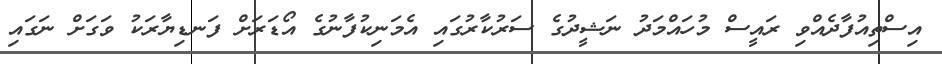
އިސްތިއުފާދެއްވި ރައީސް މުހައްމަދު ނަޝީދުގެ ސަރުކާރުގައި އެމަނިކުފާނުގެ އޯޑަރަށް ފަނޑިޔާރަކު ވަގަށް ނަގައި